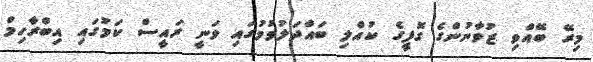
މިރޭ ބޭއްވި ޒުވާނުންގެ ގޮފީގެ ކުއްލި ބައްދަލުވުމުގައި ވަނީ ރައީސް ކަމުގައި އިބްރާހިމް